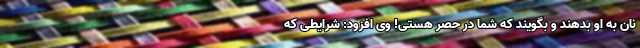
نان به او بدهند و بگویند که شما در حَصر هستی! وی افزود: شرایطی که